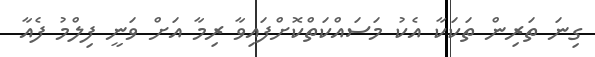
ގިނަ ތަރިން ތަކަކާ އެކު މަސައްކަތްކޮށްފައިވާ ރިމާ އަށް ވަނީ ފިލްމު ފެއާ